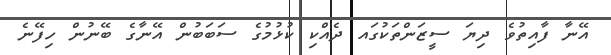
އޭނާ ފާއިތުވެ ދިޔަ ސީޒަންތަކުގައ ދެއްކި ކުޅުމުގެ ސަބަބުން އޭނާގެ ބޭނުން ހިފޭނެ